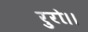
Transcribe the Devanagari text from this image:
रुरो।।